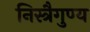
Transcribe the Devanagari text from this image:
निस्त्रैगुण्य